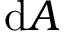
\mathrm { d } A